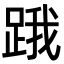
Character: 𨁟